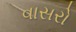
વાસરો